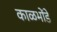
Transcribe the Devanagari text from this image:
काळभोंडे